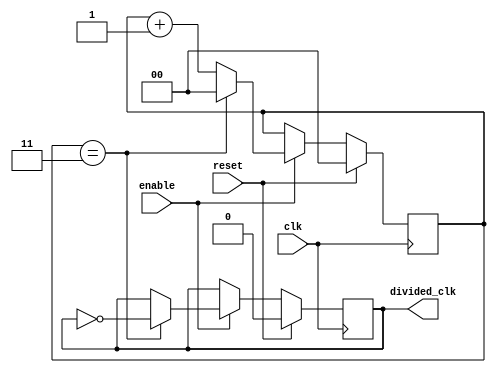
module FrequencyDividerCounter #(
    parameter DIV_FACTOR = 4  // Set the division factor (must be > 0)
)(
    input wire clk,            // Clock input
    input wire reset,          // Synchronous reset
    input wire enable,         // Enable signal
    output reg divided_clk     // Divided clock output
);

    // Internal counter
    reg [$clog2(DIV_FACTOR)-1:0] counter; // Counter width based on DIV_FACTOR

    // Always block for counter and output logic
    always @(posedge clk) begin
        if (reset) begin
            counter <= 0;          // Reset counter
            divided_clk <= 0;      // Reset output
        end else if (enable) begin
            if (counter == DIV_FACTOR - 1) begin
                counter <= 0;      // Reset counter
                divided_clk <= ~divided_clk; // Toggle output
            end else begin
                counter <= counter + 1; // Increment counter
            end
        end
    end

endmodule